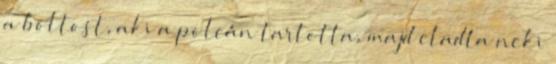
a boltost, aki a polcán tartotta, majd eladta neki